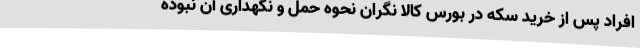
افراد پس از خرید سکه در بورس کالا نگران نحوه حمل و نگهداری آن نبوده